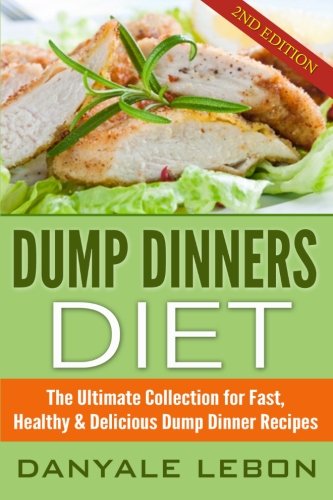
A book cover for Dump Dinners: The Ultimate Collection for Fast, Healthy & Delicious Dump Dinner Recipes (Slow Cooker Recipes, Crockpot Recipes); Danyale Lebon; Cookbooks, Food & Wine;